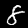
Digit: 8